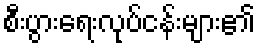
စီးပွားရေးလုပ်ငန်းများ၏